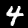
Label: 4